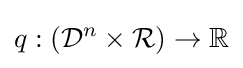
q:({\mathcal {D}}^{n}\times {\mathcal {R}})\rightarrow \mathbb {R} \,\!